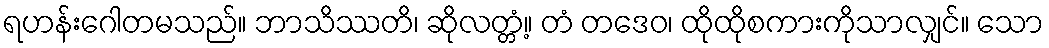
ရဟန်းဂေါတမသည်။ ဘာသိဿတိ၊ ဆိုလတ္တံ့။ တံ တဒေဝ၊ ထိုထိုစကားကိုသာလျှင်။ သော